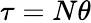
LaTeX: \tau=N\theta